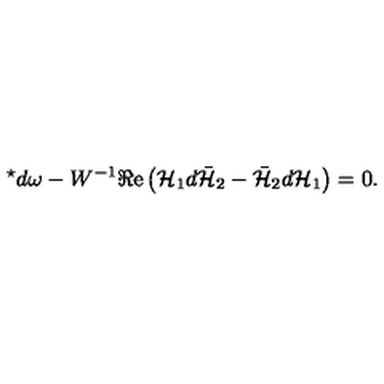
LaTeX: { } ^ { \star } d \omega - W ^ { - 1 } \Re \mathrm { e } \left( { \cal H } _ { 1 } d \bar { \cal H } _ { 2 } - \bar { \cal H } _ { 2 } d { \cal H } _ { 1 } \right) = 0 .